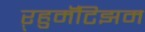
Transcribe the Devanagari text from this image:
ऱ्हुमॅटिझम